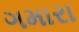
ગમારા